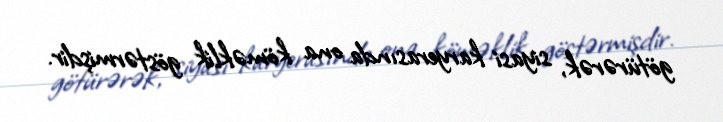
götürərək, siyasi karyerasında ona köməklik göstərmişdir.